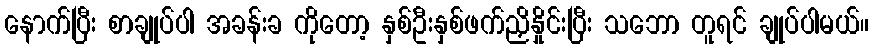
နောက်ပြီး စာချုပ်ပါ အခန်းခ ကိုတော့ နှစ်ဦးနှစ်ဖက်ညှိနှိုင်းပြီး သဘော တူရင် ချုပ်ပါမယ်။